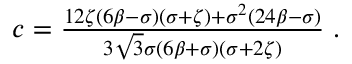
\begin{array} { r } { c = \frac { 1 2 \zeta ( 6 \beta - \sigma ) ( \sigma + \zeta ) + \sigma ^ { 2 } ( 2 4 \beta - \sigma ) } { 3 \sqrt { 3 } \sigma ( 6 \beta + \sigma ) ( \sigma + 2 \zeta ) } \; . } \end{array}